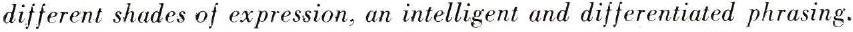
different shades of expression, an intelligent and differentiated phrasing.